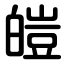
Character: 皚